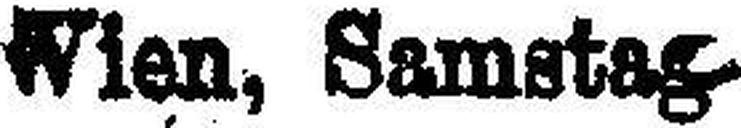
Wien, Samstag.